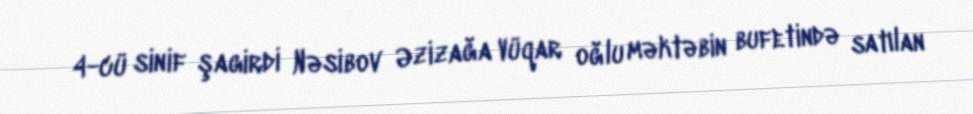
4-cü sinif şagirdi Nəsibov Əzizağa Vüqar oğlu məktəbin bufetində satılan